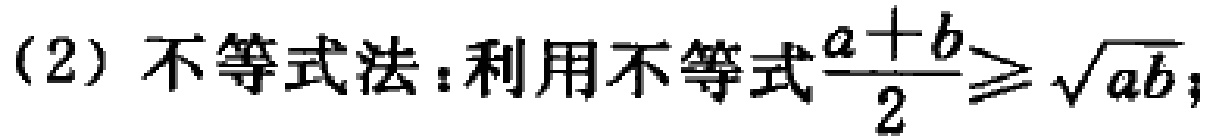
(2) 不等式法：利用不等式$\frac{a + b}{2} \geq \sqrt{ab}$；